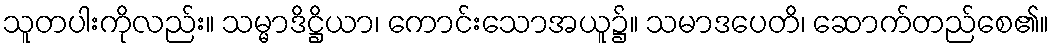
သူတပါးကိုလည်း။ သမ္မာဒိဋ္ဌိယာ၊ ကောင်းသောအယူ၌။ သမာဒပေတိ၊ ဆောက်တည်စေ၏။